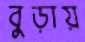
বুড়ায়